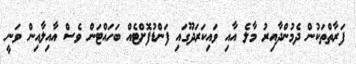
ފަރާތްތަކުން ދެމުންދާއިރު މާލެ އާއި ވައިކަރަދޫގައި ފަންޑުފޮށްޓެއް ބަހައްޓަން ވެސް އާއިލާއިން ވަނީ